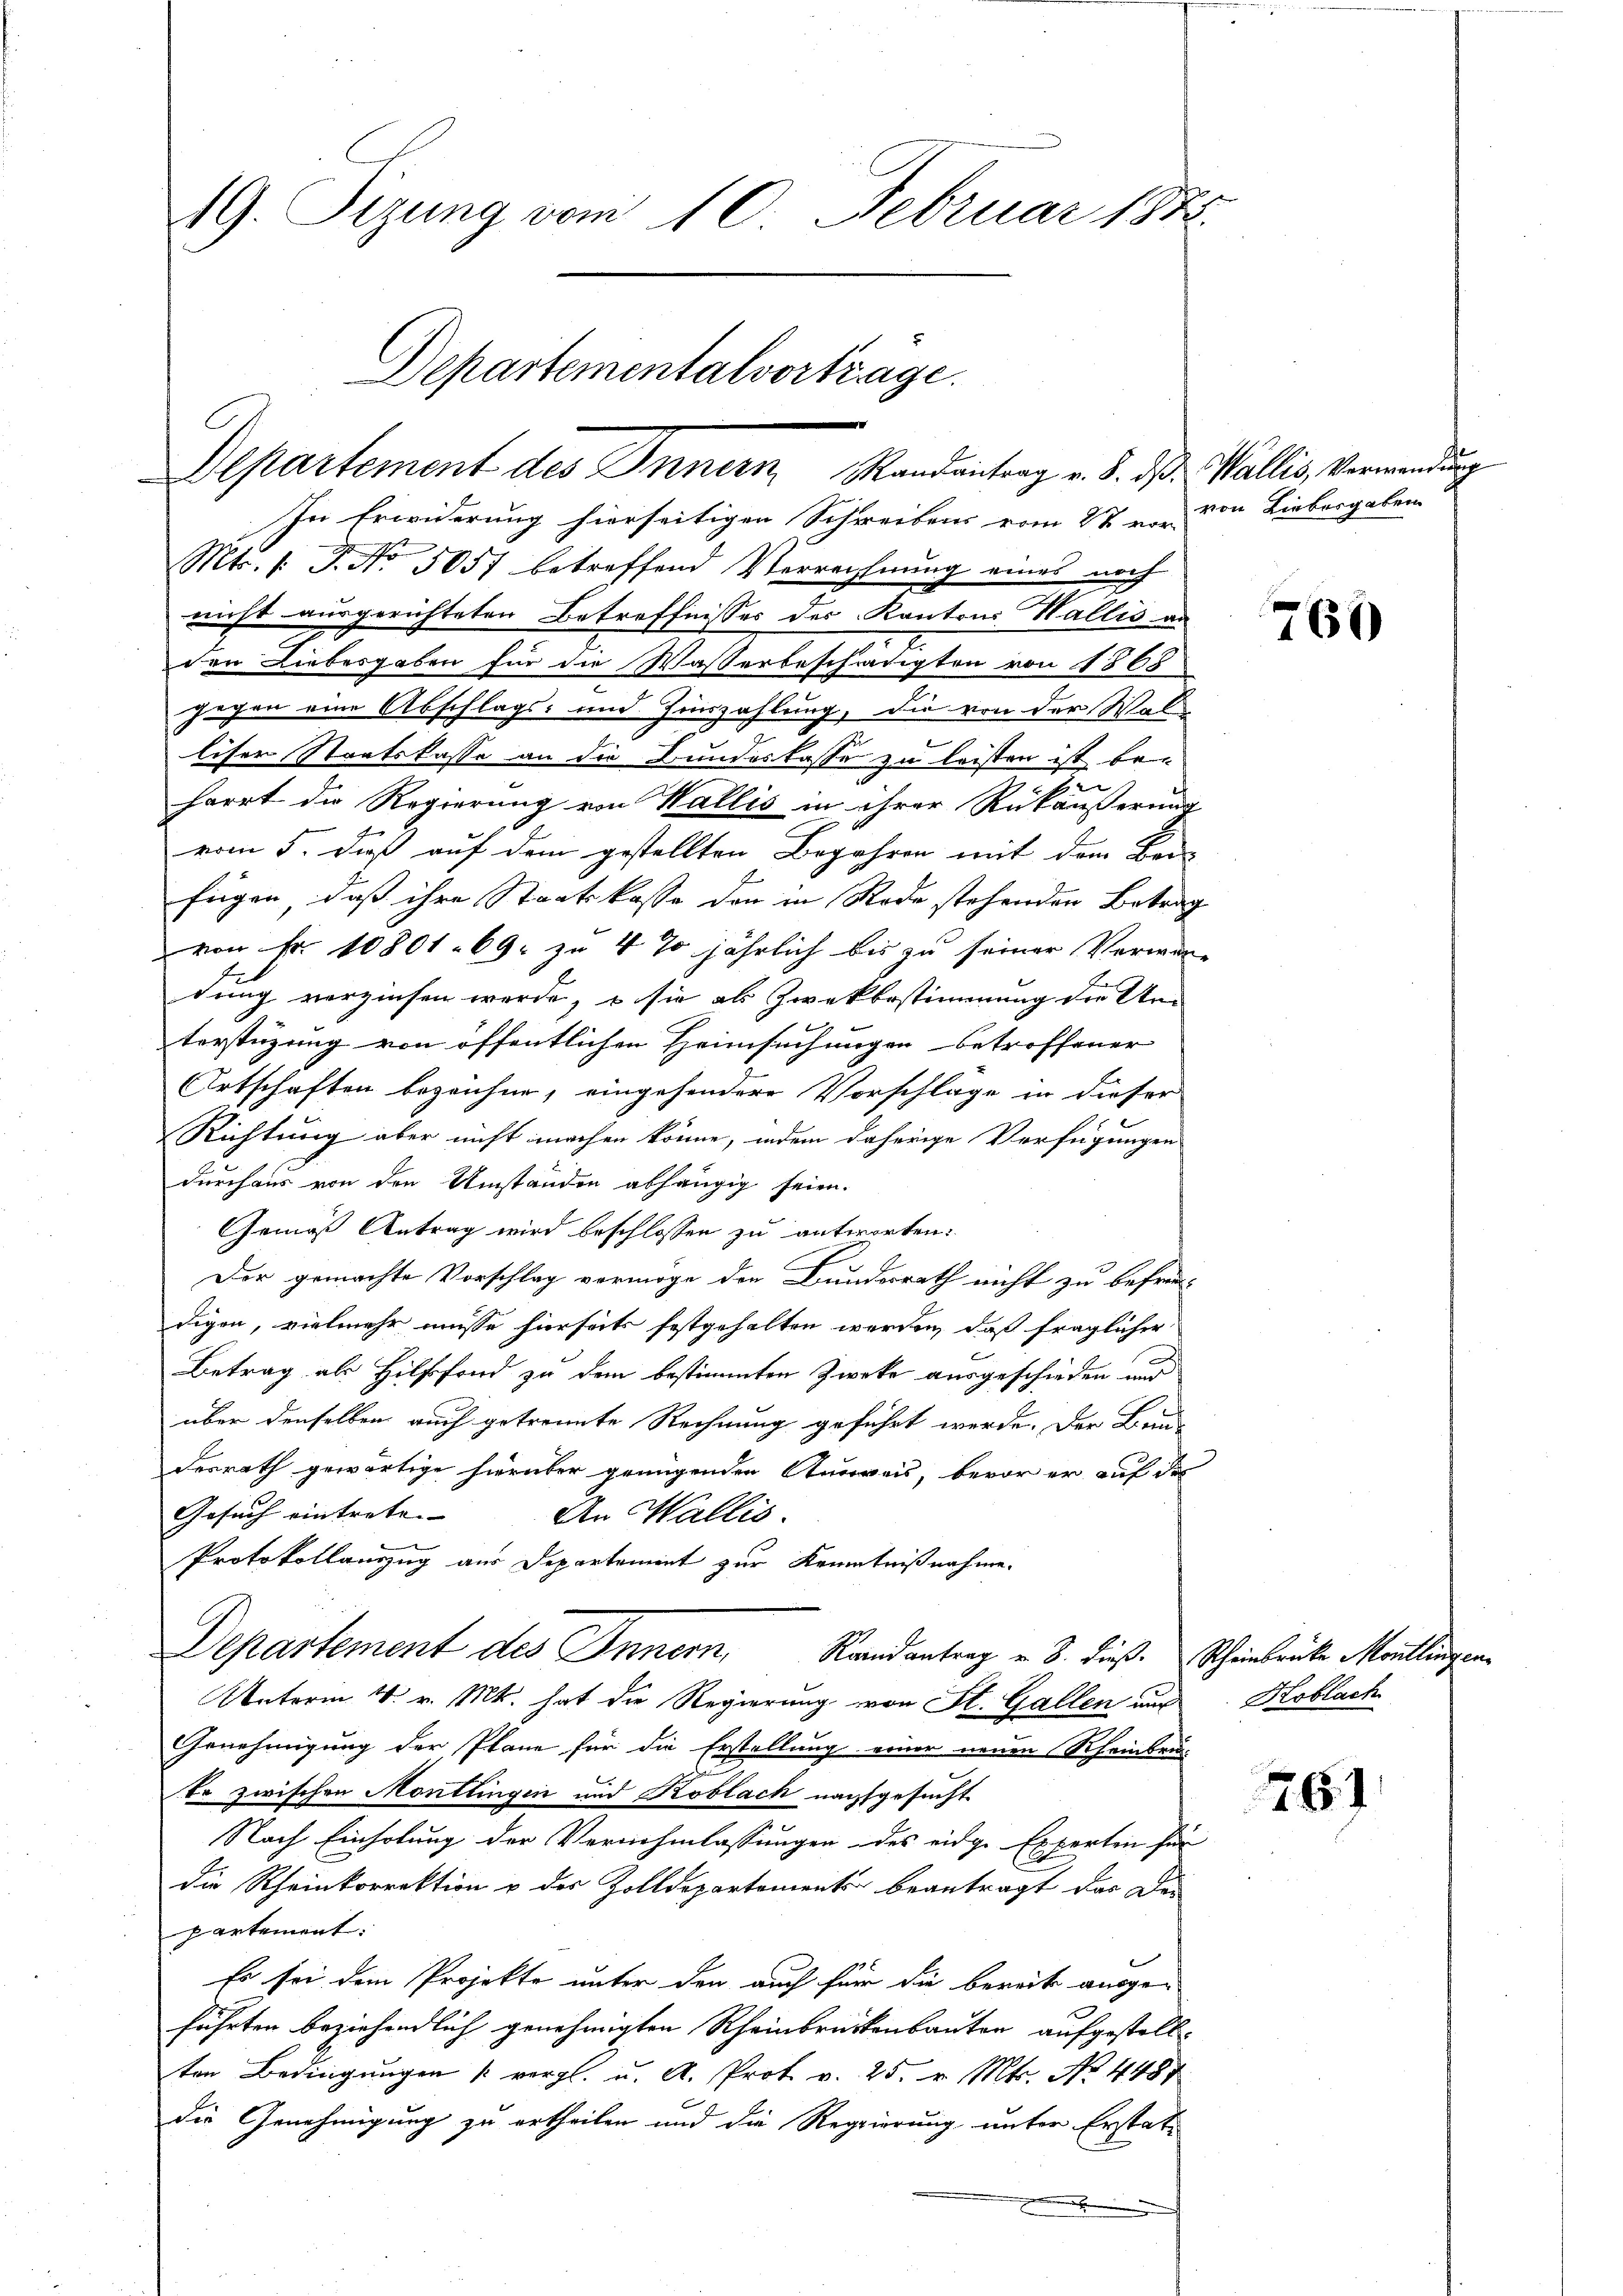
19. Sizung vom 10. Februar 1885.
Departementalvortrage.

In Erwiderung hierseitigen Schreibens vom 27 en von Liebergaben
Mts. 1. P. No 5057 betreffend Verrechnung eines noch
nicht ausgerichteten Betreffnisses der Kantons Wallis an
den Liebesgaben für die Wasserbeschrätigten von 1865
gegen eine Abschlags- und Zinszahlung, die von der Waln
liser Staatskasse an die Bunderlasse zu leisten ist bet
harrt die Regierung von Wallis in ihrer Rückäußerung
vom 5. daß auf dem gestellten Begehren mit dem Bei-
fügen, daß ihre Staatskasse den in Rede stehenden Betrag
von Fr. 10801. 69. zu 4 % jährlich bis zu seiner Verwar-
E
dung verzinsen werde, – sie als Zwekbestimmung die Un-
terstüzung von öffentlichen Heimsuchungen betroffener
Ortschaften bezeichne, eingehendere Vorschlage in dieser
Richtung aber nicht machen könne, indem daherige Verfügungen
durchaus von den Umständen abhängig seien.
Gemäß Antrag wird beschlossen zu antworten:
Der gemachte Vorschlag vermöge den Bundesrath nicht zu befreu-
digen, vielmehr müsse hierseits festgehalten werden, daß fraglicher
Betrag als Hilffond zu dem bestimmten Zwecke ausgeschieden und
über denselben auch getronnte Rechnung geführt werde. Der Bei-
desrath gewärtige hierüber genügenden Ausweis, bevor er auf der
Gesuch eintrete. |
An Wallis.
|
Protokollauszug aus Departement zur Kenntnißnahme.
Departement des Innern, Randantrag v. 3. dieß. Scheinbrücke Moullingen
Unterm 4. v. Mts. hat die Regierung von St. Gallen und Koblach
Genehmigung der Plane für die Erstellung einer neuen Rheinbru-
te zwischen Montlingen und Koblach nachgesucht
Nach Einholung der Vernehmlassungen des eidge Experten für
die Rheinkorrektion u des Zolldepartementer beantragt das Dei
partement.
Es sei dem Projekte unter den auch für die bereits ausge-
führten beziehendlich genehmigten Rheinbrückenbauten aufgestellten Bedingungen [vergl. u. A. Prot v. 25. v. Mts. No 448.
die Genehmigung zu ertheilen und die Regierung, unter Erstatx

E
Departement des Innern Randantrag v. 5. ds. Wallis, Verwendung

760

761